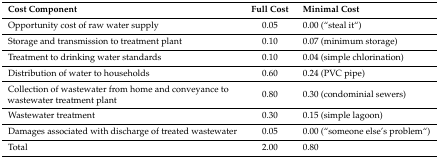
| Cost Component | Full Cost | Minimal Cost |
 | --- | --- | --- |
 | Opportunity cost of raw water supply | 0.05 | 0.00 (“steal it“) |
 | Storage and transmission to treatment plant | 0.10 | 0.07 (minimum storage) |
 | Treatment to drinking water standards | 0.10 | 0.04 (simple chlorination) |
 | Distribution of water to households | 0.60 | 0.24 (PVC pipe) |
 | Collection of wastewater from home and conveyance to wastewater treatment plant | 0.80 | 0.30 (condominial sewers) |
 | Wastewater treatment | 0.30 | 0.15 (simple lagoon) |
 | Damages associated with discharge of treated wastewater | 0.05 | 0.00 (“someone else’s problem“) |
 | Total | 2.00 | 0.80 |